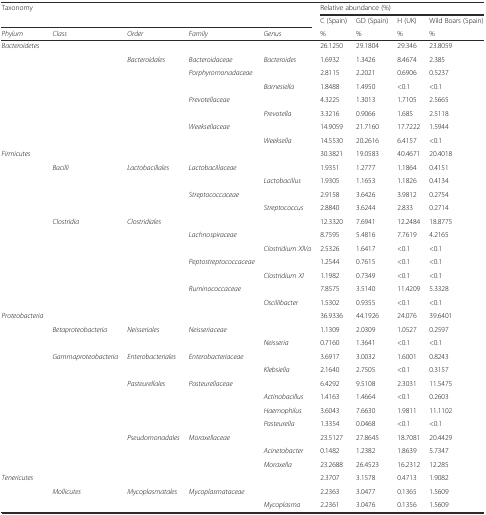
<table><thead><tr><td rowspan="2" colspan="5"><b>Taxonomy</b></td><td colspan="4"><b>Relative abundance (%)</b></td></tr><tr><td><b>C (Spain)</b></td><td><b>GD (Spain)</b></td><td><b>H (UK)</b></td><td><b>Wild Boars (Spain)</b></td></tr><tr><td><b><i>Phylum</i></b></td><td><b><i>Class</i></b></td><td><b><i>Order</i></b></td><td><b><i>Family</i></b></td><td><b><i>Genus</i></b></td><td><b>%</b></td><td><b>%</b></td><td><b>%</b></td><td><b>%</b></td></tr></thead><tbody><tr><td><i>Bacteroidetes</i></td><td></td><td></td><td></td><td></td><td>26.1250</td><td>29.1804</td><td>29.346</td><td>23.8059</td></tr><tr><td></td><td></td><td><i>Bacteroidales</i></td><td><i>Bacteroidaceae</i></td><td><i>Bacteroides</i></td><td>1.6932</td><td>1.3426</td><td>8.4674</td><td>2.385</td></tr><tr><td></td><td></td><td></td><td><i>Porphyromonadaceae</i></td><td></td><td>2.8115</td><td>2.2021</td><td>0.6906</td><td>0.5237</td></tr><tr><td></td><td></td><td></td><td></td><td><i>Barnesiella</i></td><td>1.8488</td><td>1.4950</td><td>&lt;0.1</td><td>&lt;0.1</td></tr><tr><td></td><td></td><td></td><td><i>Prevotellaceae</i></td><td></td><td>4.3225</td><td>1.3013</td><td>1.7105</td><td>2.5665</td></tr><tr><td></td><td></td><td></td><td></td><td><i>Prevotella</i></td><td>3.3216</td><td>0.9066</td><td>1.685</td><td>2.5118</td></tr><tr><td></td><td></td><td></td><td><i>Weeksellaceae</i></td><td></td><td>14.9059</td><td>21.7160</td><td>17.7222</td><td>1.5944</td></tr><tr><td></td><td></td><td></td><td></td><td><i>Weeksella</i></td><td>14.5530</td><td>20.2616</td><td>6.4157</td><td>&lt;0.1</td></tr><tr><td><i>Firmicutes</i></td><td></td><td></td><td></td><td></td><td>30.3821</td><td>19.0583</td><td>40.4671</td><td>20.4018</td></tr><tr><td></td><td><i>Bacilli</i></td><td><i>Lactobacillales</i></td><td><i>Lactobacillaceae</i></td><td></td><td>1.9351</td><td>1.2777</td><td>1.1864</td><td>0.4151</td></tr><tr><td></td><td></td><td></td><td></td><td><i>Lactobacillus</i></td><td>1.9305</td><td>1.1653</td><td>1.1826</td><td>0.4134</td></tr><tr><td></td><td></td><td></td><td><i>Streptococcaceae</i></td><td></td><td>2.9158</td><td>3.6426</td><td>3.9812</td><td>0.2754</td></tr><tr><td></td><td></td><td></td><td></td><td><i>Streptococcus</i></td><td>2.8840</td><td>3.6244</td><td>2.833</td><td>0.2714</td></tr><tr><td></td><td><i>Clostridia</i></td><td><i>Clostridiales</i></td><td></td><td></td><td>12.3320</td><td>7.6941</td><td>12.2484</td><td>18.8775</td></tr><tr><td></td><td></td><td></td><td><i>Lachnospiraceae</i></td><td></td><td>8.7595</td><td>5.4816</td><td>7.7619</td><td>4.2165</td></tr><tr><td></td><td></td><td></td><td></td><td><i>Clostridium XlVa</i></td><td>2.5326</td><td>1.6417</td><td>&lt;0.1</td><td>&lt;0.1</td></tr><tr><td></td><td></td><td></td><td><i>Peptostreptococcaceae</i></td><td></td><td>1.2544</td><td>0.7615</td><td>&lt;0.1</td><td>&lt;0.1</td></tr><tr><td></td><td></td><td></td><td></td><td><i>Clostridium XI</i></td><td>1.1982</td><td>0.7349</td><td>&lt;0.1</td><td>&lt;0.1</td></tr><tr><td></td><td></td><td></td><td><i>Ruminococcaceae</i></td><td></td><td>7.8575</td><td>3.5140</td><td>11.4209</td><td>5.3328</td></tr><tr><td></td><td></td><td></td><td></td><td><i>Oscillibacter</i></td><td>1.5302</td><td>0.9355</td><td>&lt;0.1</td><td>&lt;0.1</td></tr><tr><td><i>Proteobacteria</i></td><td></td><td></td><td></td><td></td><td>36.9336</td><td>44.1926</td><td>24.076</td><td>39.6401</td></tr><tr><td></td><td><i>Betaproteobacteria</i></td><td><i>Neisseriales</i></td><td><i>Neisseriaceae</i></td><td></td><td>1.1309</td><td>2.0309</td><td>1.0527</td><td>0.2597</td></tr><tr><td></td><td></td><td></td><td></td><td><i>Neisseria</i></td><td>0.7160</td><td>1.3641</td><td>&lt;0.1</td><td>&lt;0.1</td></tr><tr><td></td><td><i>Gammaproteobacteria</i></td><td><i>Enterobacteriales</i></td><td><i>Enterobacteriaceae</i></td><td></td><td>3.6917</td><td>3.0032</td><td>1.6001</td><td>0.8243</td></tr><tr><td></td><td></td><td></td><td></td><td><i>Klebsiella</i></td><td>2.1640</td><td>2.7505</td><td>&lt;0.1</td><td>0.3157</td></tr><tr><td></td><td></td><td><i>Pasteurellales</i></td><td><i>Pasteurellaceae</i></td><td></td><td>6.4292</td><td>9.5108</td><td>2.3031</td><td>11.5475</td></tr><tr><td></td><td></td><td></td><td></td><td><i>Actinobacillus</i></td><td>1.4163</td><td>1.4664</td><td>&lt;0.1</td><td>0.2603</td></tr><tr><td></td><td></td><td></td><td></td><td><i>Haemophilus</i></td><td>3.6043</td><td>7.6630</td><td>1.9811</td><td>11.1102</td></tr><tr><td></td><td></td><td></td><td></td><td><i>Pasteurella</i></td><td>1.3354</td><td>0.0468</td><td>&lt;0.1</td><td>&lt;0.1</td></tr><tr><td></td><td></td><td><i>Pseudomonadales</i></td><td><i>Moraxellaceae</i></td><td></td><td>23.5127</td><td>27.8645</td><td>18.7081</td><td>20.4429</td></tr><tr><td></td><td></td><td></td><td></td><td><i>Acinetobacter</i></td><td>0.1482</td><td>1.2382</td><td>1.8639</td><td>5.7347</td></tr><tr><td></td><td></td><td></td><td></td><td><i>Moraxella</i></td><td>23.2688</td><td>26.4523</td><td>16.2312</td><td>12.285</td></tr><tr><td><i>Tenericutes</i></td><td></td><td></td><td></td><td></td><td>2.3707</td><td>3.1578</td><td>0.4713</td><td>1.9082</td></tr><tr><td></td><td><i>Mollicutes</i></td><td><i>Mycoplasmatales</i></td><td><i>Mycoplasmataceae</i></td><td></td><td>2.2363</td><td>3.0477</td><td>0.1365</td><td>1.5609</td></tr><tr><td></td><td></td><td></td><td></td><td><i>Mycoplasma</i></td><td>2.2361</td><td>3.0476</td><td>0.1356</td><td>1.5609</td></tr></tbody></table>